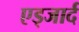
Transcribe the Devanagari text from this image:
एड्जार्द